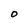
Character: O